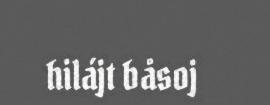
hilájt båsoj